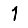
Digit: 1